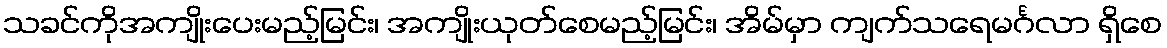
သခင်ကိုအကျိုးပေးမည့်မြင်း၊ အကျိုးယုတ်စေမည့်မြင်း၊ အိမ်မှာ ကျက်သရေမင်္ဂလာ ရှိစေ